Restriction of public expenditure, 1921
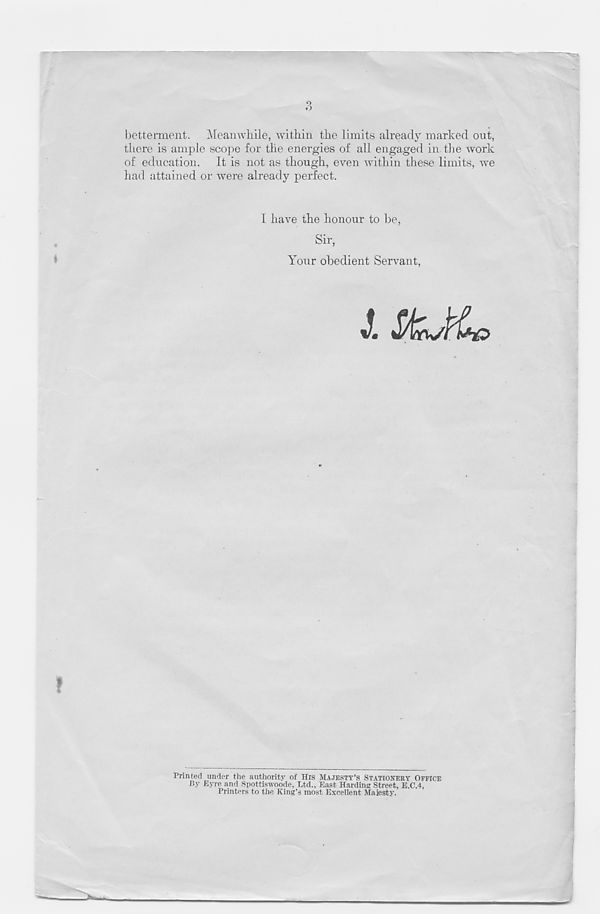
betterment. Meanwhile, within the limits already marked out,
there is ample scope for the energies of all engaged in the work
of education. It is not as though, even within these limits, we
had attained or were already perfect.
I have the honour to be,
Sir,
Your obedient Servant,
J. SkJL,
Printed under the authority of His MAJESTY’S STATIONERY OFFICE
By Eyre and Spottiswoode, Ltd., East Harding Street, E.C.4,
Printers to the King’s most Excellent Majesty.